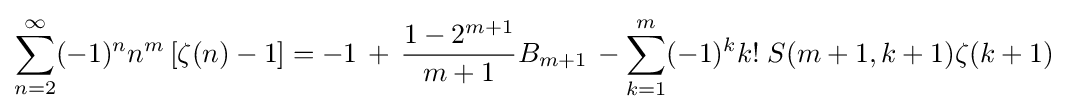
\sum _{n=2}^{\infty }(-1)^{n}n^{m}\left[\zeta (n)-1\right]=-1\,+\,{\frac {1-2^{m+1}}{m+1}}B_{m+1}\,-\sum _{k=1}^{m}(-1)^{k}k!\;S(m+1,k+1)\zeta (k+1)